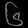
Digit: ၆